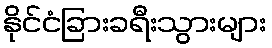
နိုင်ငံခြားခရီးသွားများ